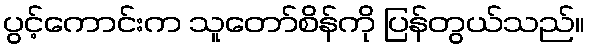
ပွင့်ကောင်းက သူတော်စိန်ကို ပြန်တွယ်သည်။